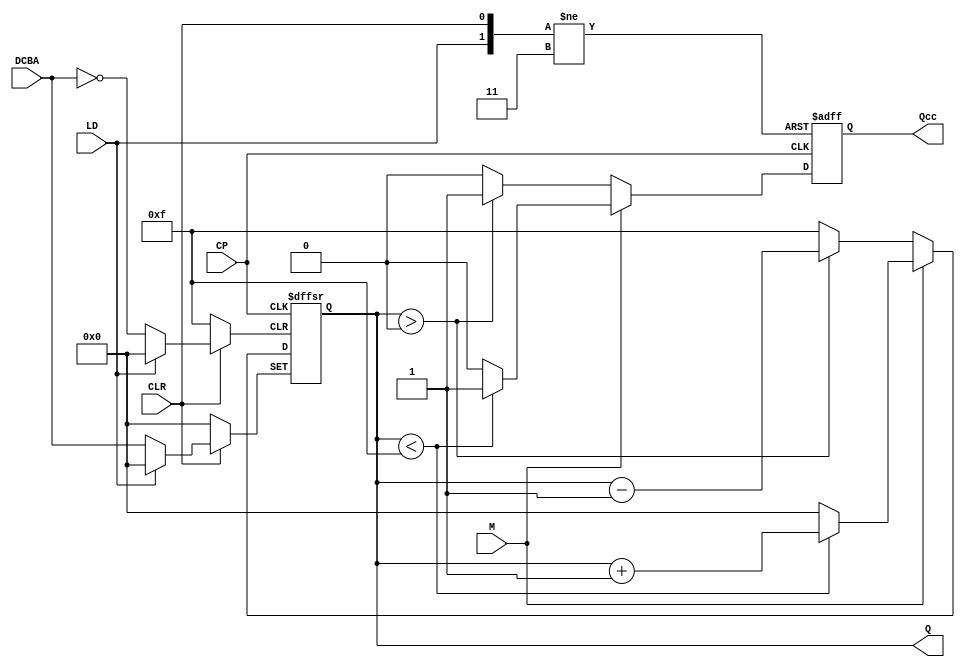
`timescale 1ns / 1ps
//////////////////////////////////////////////////////////////////////////////////
// Company: 
// Engineer: 
// 
// Design Name: 
// Module Name: four_bit_binary_counter
// Project Name: 
// Target Devices: 
// Tool Versions: 
// Description: 
// 
// Dependencies: 
// 
// Revision:
// Revision 0.01 - File Created
// Additional Comments:
// 
//////////////////////////////////////////////////////////////////////////////////


module four_bit_binary_counter#(parameter max = 4'd15, parameter min = 4'd0, parameter width = 4)(CP,CLR,LD,M,DCBA,Q,Qcc);
    input CP,CLR,LD,M;
    input [width-1:0] DCBA;
    output reg [width-1:0] Q;
    output reg Qcc;
    
    initial begin
        Q = min;
        Qcc = 1;
    end
    
    always @ (posedge CP or negedge CLR or negedge LD) begin
      if(!CLR) begin
        Q <= min;
        Qcc <= 1;
      end
      else if(!LD) begin
        Q <= DCBA;
        Qcc <= 1;
      end 
      else if(M) begin
        if(Q<max)begin
            Q <= Q+1;
            Qcc <= 1;
        end 
        else begin
            Q <= min;
            Qcc <= 0;
        end
       end
       else if(!M)begin
        if(Q>min)begin
            Q <= Q-1;
            Qcc <= 1;
        end
        else begin
            Q <= max;
            Qcc <= 0;
        end
       end
    end
endmodule